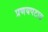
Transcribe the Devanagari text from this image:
प्रणयपटात